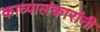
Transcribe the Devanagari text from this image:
काव्यालंकारांनी